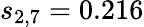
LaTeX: s_{2,7}=0.216